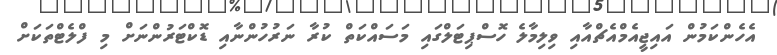
އެހެންކަމުން އައިޖީއެމްއެޗްއާއި ވިލިމާލެ ހޮސްޕިޓަލްގައި މަސައްކަތް ކުރާ ނަރުހުންނާއި ޑޮކްޓަރުންނަށް މި ފްލެޓްތަކަށް